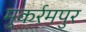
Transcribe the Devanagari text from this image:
मुकर्रमपुर